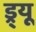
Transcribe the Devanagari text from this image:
ड्र्यू